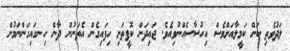
ލަދުވެތި ކަން ކަމީލާއަށްވެސް އިހުސާސެއްނުވިއެވެ. ޖައިދަން ކޮފީތަށި ހިފައިގެން އެތަނުން ދާން ހިނގައިގަންނަމުން